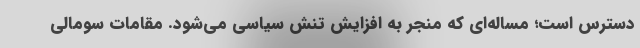
دسترس است؛ مساله‌ای که منجر به افزایش تنش سیاسی می‌شود. مقامات سومالی